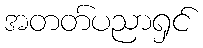
အတတ်ပညာရှင်